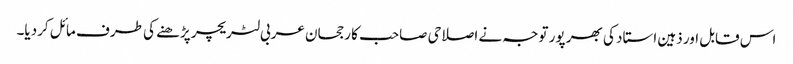
اس قابل اور ذہین استاد کی بھر پور توجہ نے اصلاحی صاحب کا رجحان عربی لٹریچر پڑھنے کی طرف مائل کردیا۔